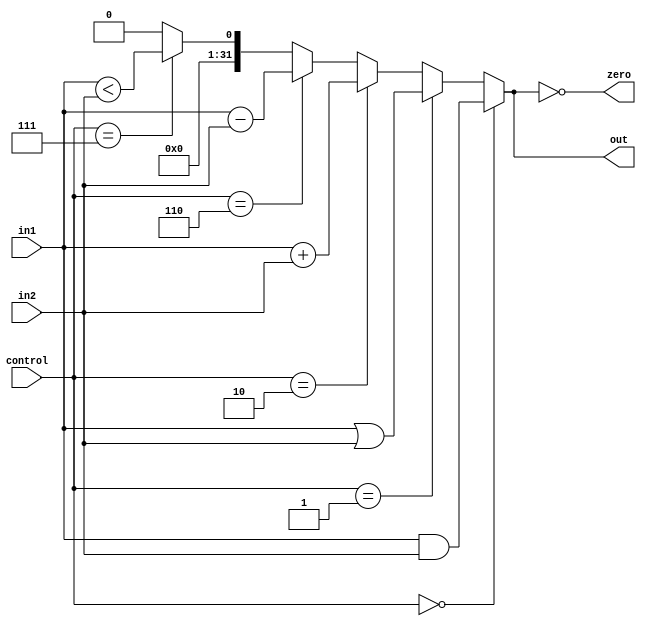
`timescale 1ns / 1ps
module ALU(in1, in2, control, zero, out);
	input [31:0] in1;
	input [31:0] in2;
	input [3:0] control;
	output zero;
	output reg [31:0]out;
	
	always @(control or in1 or in2)
	begin
		if (control==4'b0000) //and, andi
			out<=in1&in2;
		else if (control==4'b0001) //or
			out<=in1|in2;
		else if (control==4'b0010) //add, addi
			out<=in1+in2;
		else if (control==4'b0110) //sub, beq, bne
			out<=in1-in2;
		else if (control==4'b0111) //slt
			out<=in1<in2;
		else //j
			out<=0;
	end
	assign zero=(out==0);
endmodule